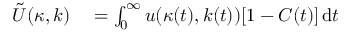
\begin{array} { r l } { \tilde { U } ( \kappa , k ) } & { { } = \int _ { 0 } ^ { \infty } u ( \kappa ( t ) , k ( t ) ) [ 1 - C ( t ) ] \, \mathrm { d } t } \end{array}